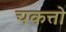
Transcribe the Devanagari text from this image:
चकत्तो